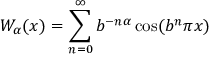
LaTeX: W _ { \alpha } ( x ) = \sum _ { n = 0 } ^ { \infty } b ^ { - n \alpha } \cos ( b ^ { n } \pi x )